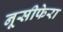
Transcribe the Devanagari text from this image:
नूसीफेरा